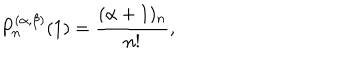
LaTeX: P _ { n } ^ { ( \alpha , \beta ) } ( 1 ) = \frac { ( \alpha + 1 ) _ { n } } { n ! } ,